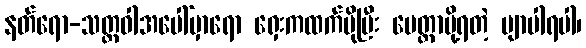
နတ်ရော-သတ္တဝါအပေါ်မှာရော ရှေးကထက်ပိုပြီး မေတ္တာပို့ရတဲ့ ဗျာပါရပါ၊